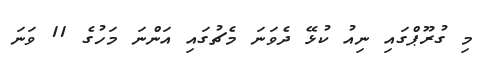
މި ގުރޫޕްގައި ނިއު ކުޅޭ ދެވަނަ މެޗުގައި އަންނަ މަހުގެ 11 ވަނަ